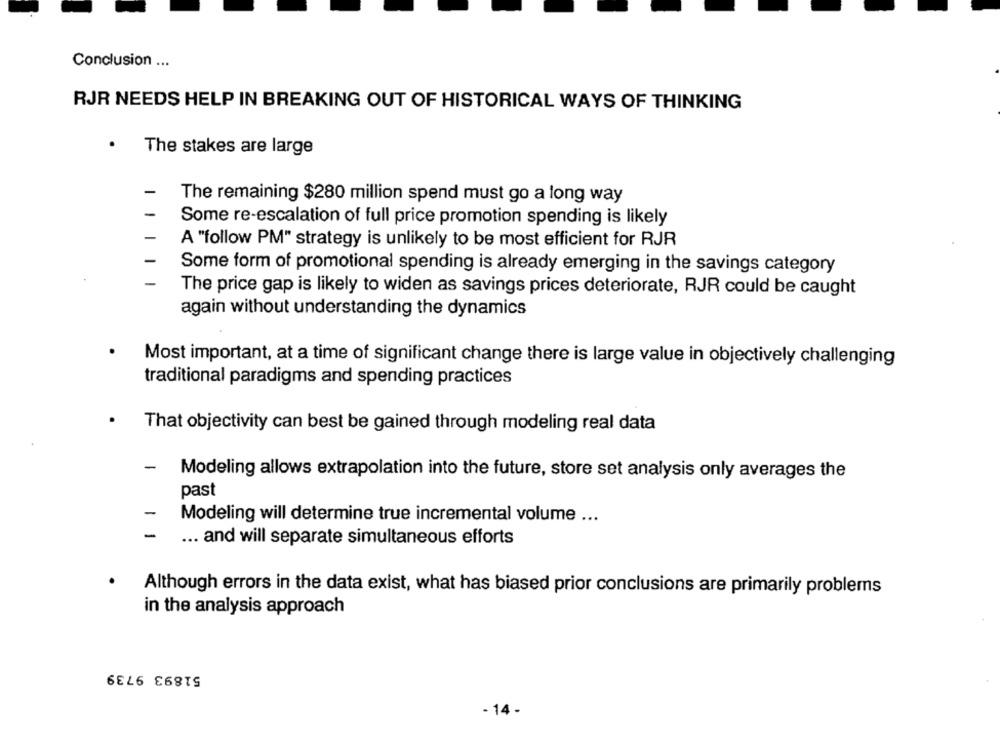
Conclusion ...
RJR NEEDS HELP IN BREAKING OUT OF HISTORICAL WAYS OF THINKING
.
The stakes are large
The remaining $280 million spend must go a long way
Some re-escalation of full price promotion spending is likely
A "follow PM" strategy is unlikely to be most efficient for RJR
Some form of promotional spending is already emerging in the savings category
The price gap is likely to widen as savings prices deteriorate, RJR could be caught
again without understanding the dynamics
Most important, at a time of significant change there is large value in objectively challenging
traditional paradigms and spending practices
That objectivity can best be gained through modeling real data
-
Modeling allows extrapolation into the future, store set analysis only averages the
past
-
Modeling will determine true incremental volume ...
-
... and will separate simultaneous efforts
Although errors in the data exist, what has biased prior conclusions are primarily problems
in the analysis approach
51893 9739
- 14 -